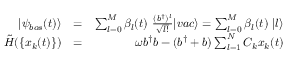
\begin{array} { r l r } { | \psi _ { b o s } ( t ) \rangle } & { = } & { \sum _ { l = 0 } ^ { M } \beta _ { l } ( t ) ~ \frac { ( b ^ { \dagger } ) ^ { l } } { \sqrt { l ! } } | v a c \rangle = \sum _ { l = 0 } ^ { M } \beta _ { l } ( t ) ~ | l \rangle } \\ { \tilde { H } ( \{ x _ { k } ( t ) \} ) } & { = } & { \omega b ^ { \dagger } b - ( b ^ { \dagger } + b ) \sum _ { l = 1 } ^ { N } C _ { k } x _ { k } ( t ) } \end{array}